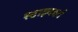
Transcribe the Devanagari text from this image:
स्टाइनबर्ग